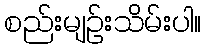
စည်းမျဥ်းသိမ်းပါ။